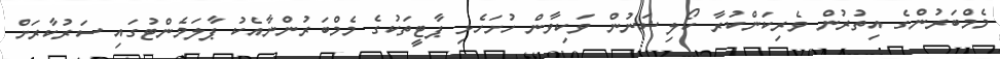
މެމްބަރުންގެ އިތުރުން ވެރިކަންކުރާ ކޯލިޝަނުން ވަކިވާން ހުށަހެޅި ޕާޓީތަކުގެ މެމްބަރުންނާއެކު ޕާލަމެންޓުގައި ސަރުކާރަށް